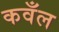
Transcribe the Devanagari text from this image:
कवँल